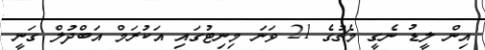
އިން ލީޑު ނެގީ މެޗުގެ 21 ވަނަ މިނިޓުގައި އަކުރަމް އަބްދުލް ގަނީ